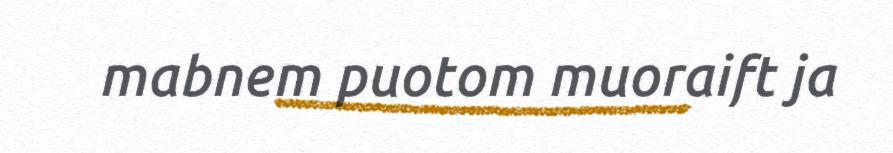
mabnem puotom muoraift ja